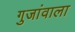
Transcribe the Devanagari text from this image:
गुजांवाला